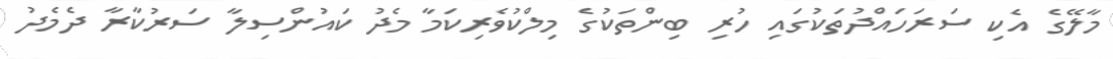
މާލޭގެ އެކި ސަރަހައްދުތަކުގައި ހުރި ބިންތަކުގެ މިލްކުވެރިކަމާ މެދު ކައުންސިލާ ސަރުކާރާ ދެމެދު